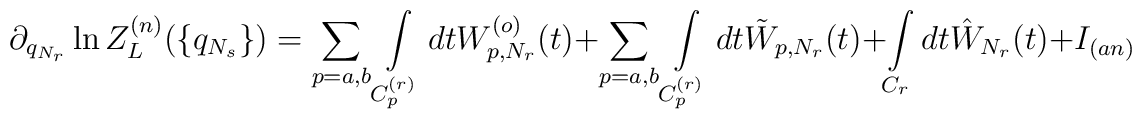
\partial_{q_{N_r}}\ln Z_L^{(n)}(\{q_{N_s}\})=\sum_{p=a,b}\int\limits_{C_p^{(r)}}dtW_{p,N_r}^{(o)}(t)+\sum_{p=a,b}\int\limits_{C_p^{(r)}}dt \tilde W_{p,N_r}(t)+\int\limits_{C_r}dt \hat W_{N_r}(t)+I_{(an)}